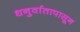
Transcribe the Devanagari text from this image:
धनुर्वातापासून